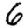
Digit: 6